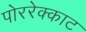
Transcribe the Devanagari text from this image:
पोररेक्काट